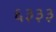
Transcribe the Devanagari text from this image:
६३३३